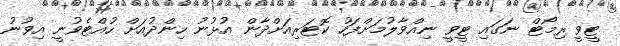
ޓީވީ ރިމޯޓް ނަގައި ޓީވީ ނިއްވާލުމަށްފަހު ކޮޓަރިއަށްދާން އުޅުނު ހިންދުއަށް ހުއްޓެވުނީ އިވުނު